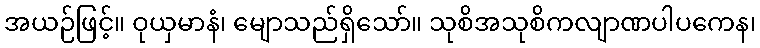
အယဉ်ဖြင့်။ ဝုယှမာနံ၊ မျောသည်ရှိသော်။ သုစိအသုစိကလျာဏပါပကေန၊